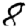
Digit: 8